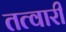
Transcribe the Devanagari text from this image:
तत्वारी